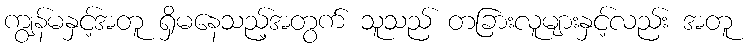
ကျွန်မနှင့်အတူ ရှိမနေသည့်အတွက် သူသည် တခြားလူများနှင့်လည်း အတူ